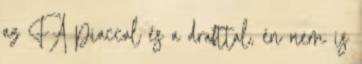
az FA piaccal és a drafttal, én nem is